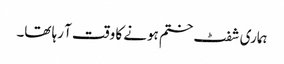
ہماری شفٹ ختم ہونے کا وقت آ رہا تھا۔